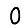
Digit: 0